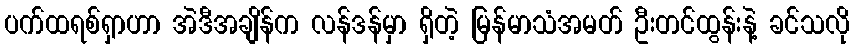
ပက်ထရစ်ရှာဟာ အဲဒီအချိန်က လန်ဒန်မှာ ရှိတဲ့ မြန်မာသံအမတ် ဦးတင်ထွန်းနဲ့ ခင်သလို